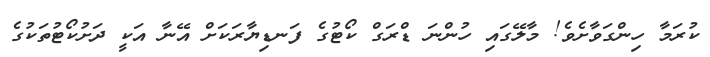
ކުރަމާ ހިންގަވާށެވެ! މާލޭގައި ހުންނަ ޑްރަގް ކޯޓުގެ ފަނޑިޔާރަކަށް އޭނާ އަކީ ދަށުކޯޓުތަކުގެ